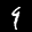
Label: 9